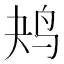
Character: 𱉔